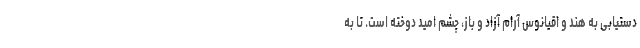
دستیابی به هند و اقیانوس آرام آزاد و باز، چشم امید دوخته است. تا به